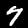
Label: 7